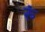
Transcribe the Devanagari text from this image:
रुं